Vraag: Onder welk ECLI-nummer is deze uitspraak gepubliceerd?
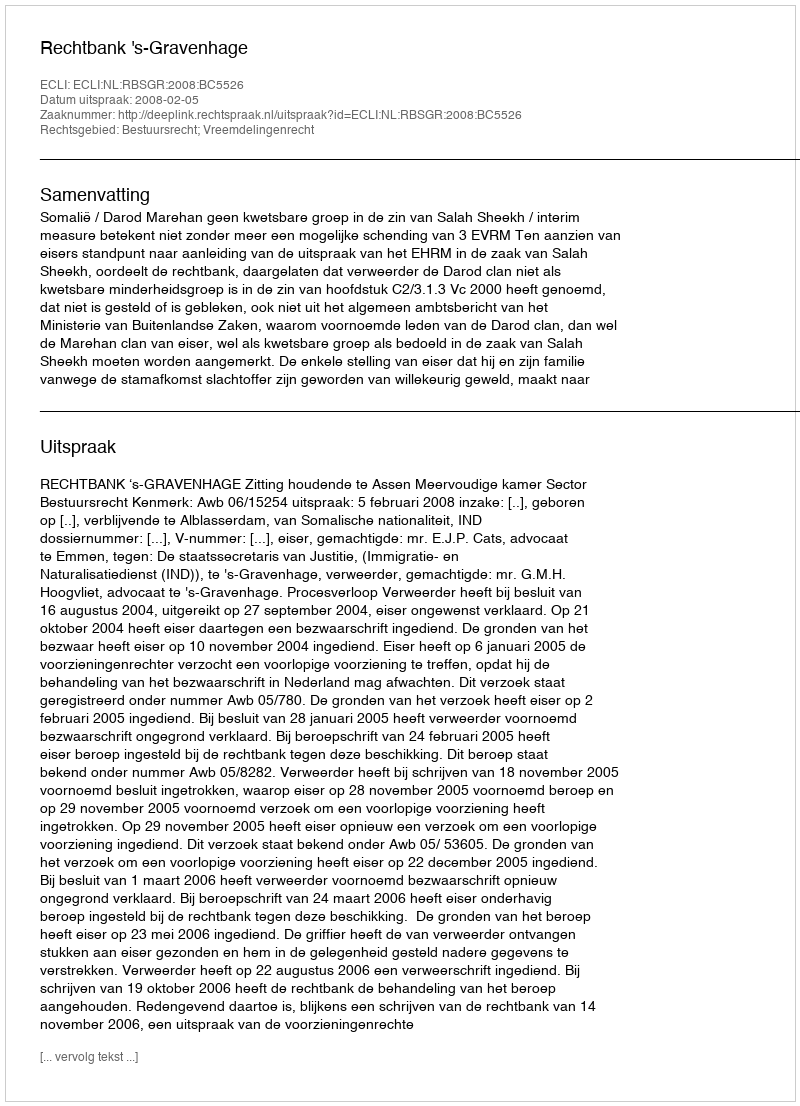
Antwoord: ECLI:NL:RBSGR:2008:BC5526